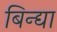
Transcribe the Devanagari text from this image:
बिन्द्या